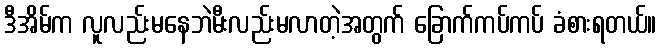
ဒီအိမ်က လူလည်းမနေဘဲမီးလည်းမလာတဲ့အတွက် ခြောက်ကပ်ကပ် ခံစားရတယ်။